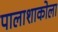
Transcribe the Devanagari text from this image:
पालाशाकोला